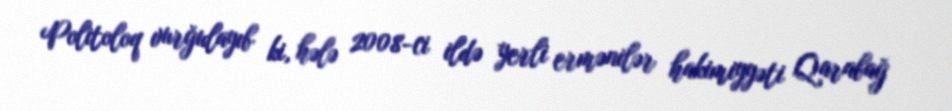
Politoloq vurğulayıb ki, hələ 2008-ci ildə yerli ermənilər hakimiyyəti Qarabağ